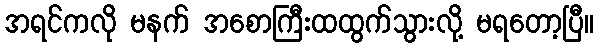
အရင်ကလို မနက် အစောကြီးထထွက်သွားလို့ မရတော့ပြီ။